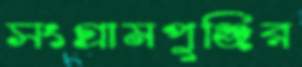
সংগ্রামপুঞ্জির